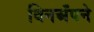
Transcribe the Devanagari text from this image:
विनअँपने